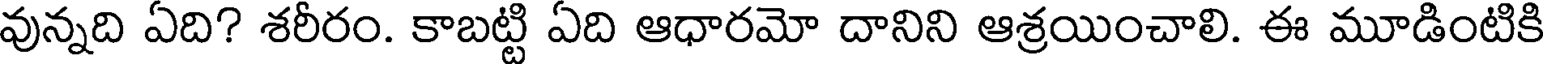
వున్నది ఏది? శరీరం. కాబట్టి ఏది ఆధారమో దానిని ఆశ్రయించాలి. ఈ మూడింటికి